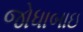
જોધાબાઇ